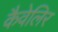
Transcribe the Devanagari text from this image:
कैवेलिर